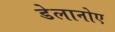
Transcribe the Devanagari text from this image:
डेलानोए